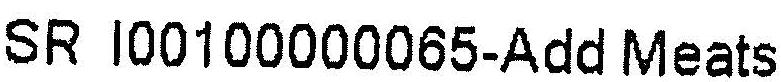
SR I00100000065-ADD MEATS